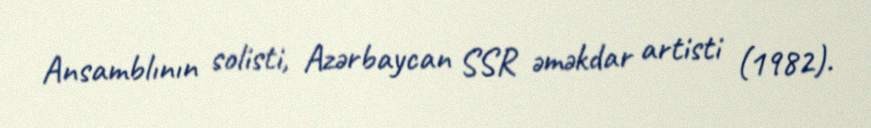
Ansamblının solisti, Azərbaycan SSR əməkdar artisti (1982).